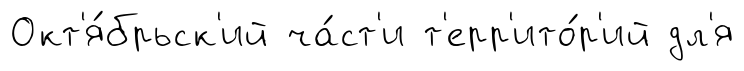
Окт'я́брьск'ий ча́ст'и т'ерр'ито́р'ий дл'я